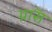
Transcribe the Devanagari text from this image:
ग्राॅस